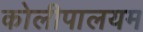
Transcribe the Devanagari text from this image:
कोलीपालयम